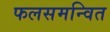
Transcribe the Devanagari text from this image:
फलसमन्वित